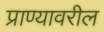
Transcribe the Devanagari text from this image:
प्राण्यावरील